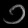
Digit: ၁